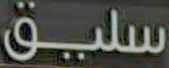
سليق